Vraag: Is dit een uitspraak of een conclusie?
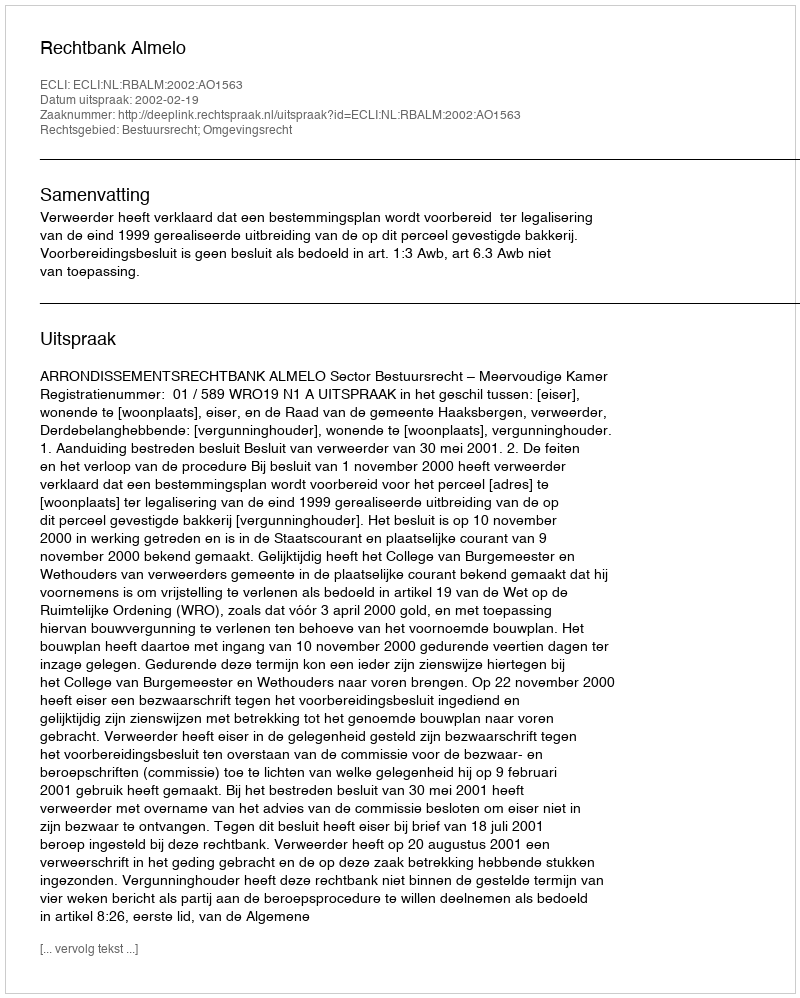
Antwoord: Uitspraak